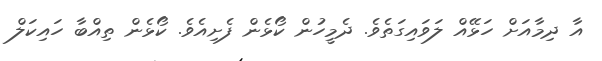
އާ ދިމާއަށް ހަޅޭއް ލަވައިގަތެވެ. ދެމީހުން ކޯޅެން ފެށިއެވެ. ކޯޅެން ތިއްބާ ހައިކަލް